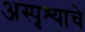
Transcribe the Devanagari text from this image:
अस्पृश्‍याचे